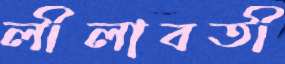
লীলাবতী